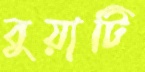
বুয়াটি